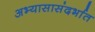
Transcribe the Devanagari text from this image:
अभ्यासासंदर्भात